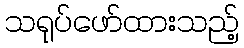
သရုပ်ဖော်ထားသည့်